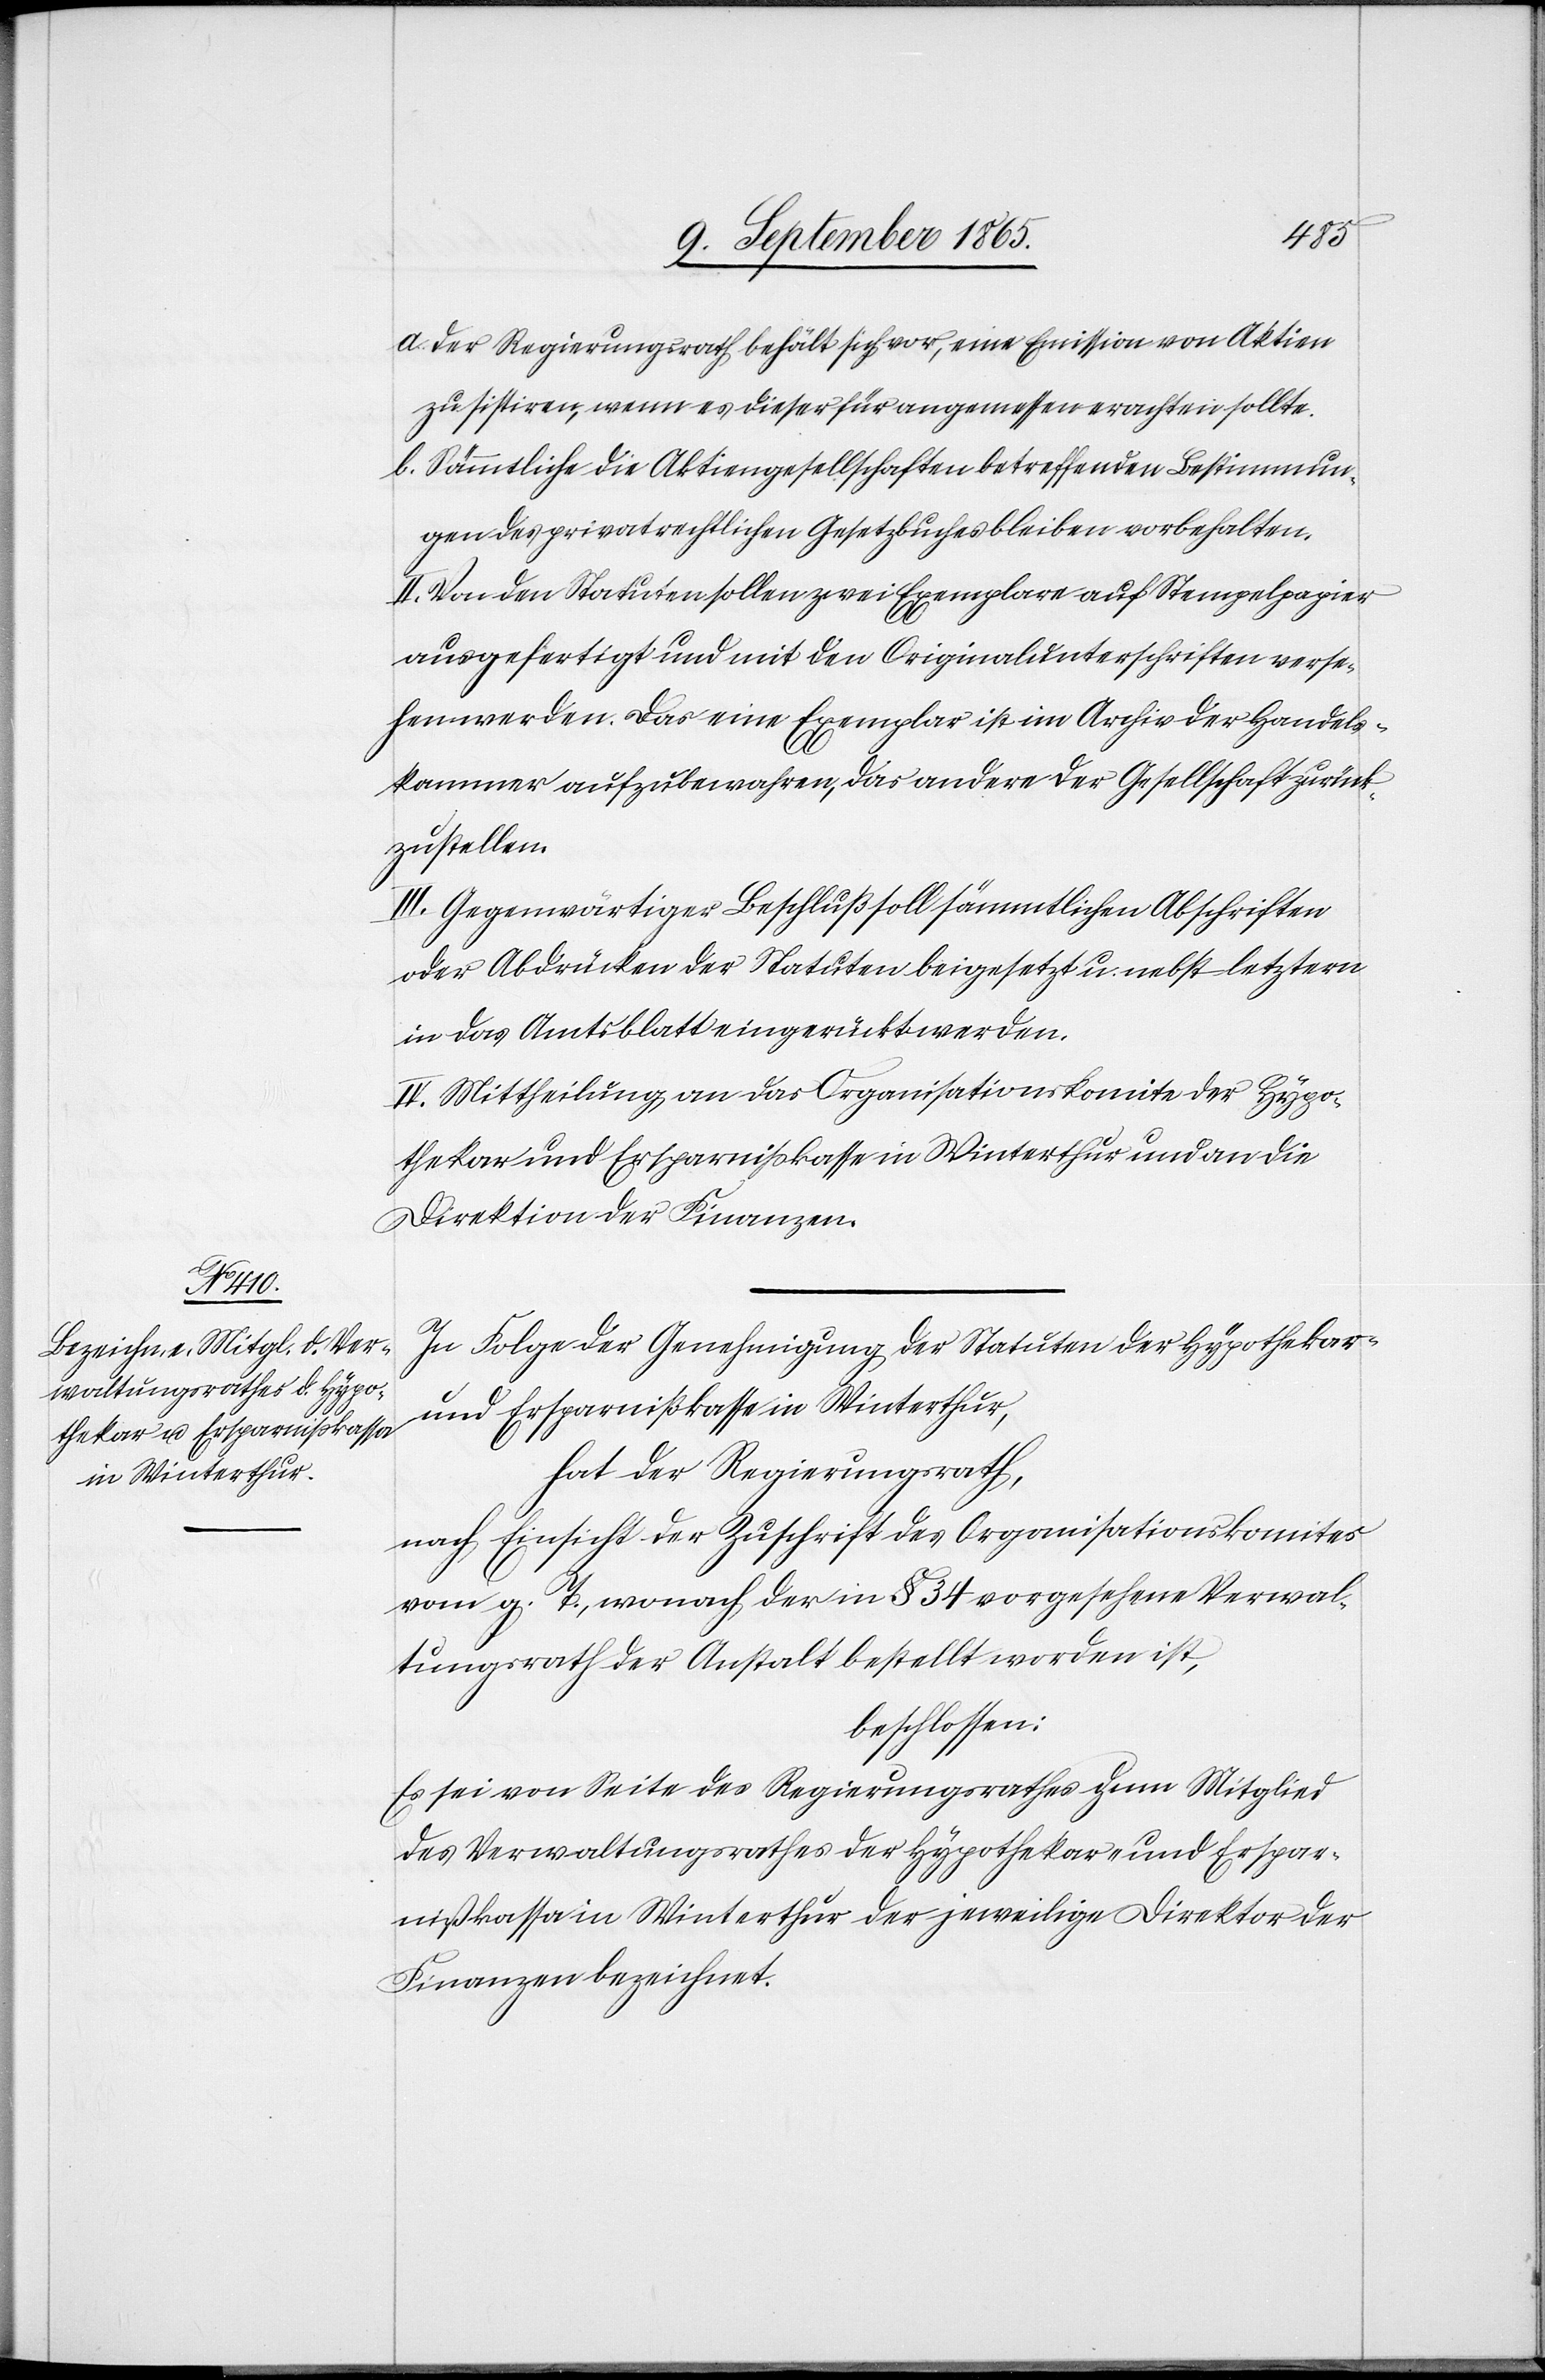
a. Der Regierungsrath behält sich vor, eine Emission von Aktien
zu sistiren, wenn es dieser für angemessen erachten sollte.
b. Sämmtliche die Aktiengesellschaften betreffenden Bestimmun¬
gen des privatrechtlichen Gesetzbuches bleiben vorbehalten.
II. Von den Statuten sollen zwei Exemplare auf Stempelpapier
ausgefertigt und mit den Originalunterschriften verse¬
hen werden. Das eine Exemplar ist im Archiv der Handels¬
kammer aufzubewahren, das andere der Gesellschaft zurück¬
zustellen.
III. Gegenwärtiger Beschluß soll sämmtlichen Abschriften
oder Abdrücken der Statuten beigesetzt u. nebst letztern
in das Amtsblatt eingerückt werden.
IV. Mittheilung an das Organisationskomite der Hypo¬
thekar und Ersparnißkasse in Winterthur und an die
Direktion der Finanzen.
In Folge der Genehmigung der Statuten der Hypothekar-
und Ersparnißkasse in Winterthur,
hat der Regierungsrath,
nach Einsicht der Zuschrift des Organisationskomites
vom g. T., wonach der in § 34 vorgesehene Verwal¬
tungsrath der Anstalt bestellt worden ist,
beschlossen:
Es sei von Seite des Regierungsrathes zum Mitglied
des Verwaltungsrathes der Hypothekar- und Erspar¬
nißkassa in Winterthur der jeweilige Direktor der
Finanzen bezeichnet.